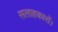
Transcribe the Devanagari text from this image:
सलाहकारों।